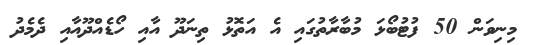
މިނިވަން 50 ފުޓުބޯޅަ މުބާރާތުގައި އެ އަތޮޅު ތިނަދޫ އާއި ހޯޑެއްދޫއާއި ދެމެދު